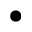
\bullet